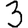
Digit: 3